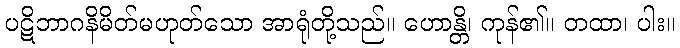
ပဋိဘာဂနိမိတ်မဟုတ်သော အာရုံတို့သည်။ ဟောန္တိ၊ ကုန်၏။ တထာ၊ ပါး။